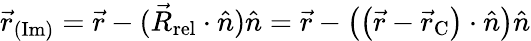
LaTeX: {\vec{r}_{\mathrm{(Im)}}}={\vec{r}}-({\vec{R}_{\mathrm{rel}}}\cdot{\hat{n}}){\hat{n}}={\vec{r}}-\left(\left({\vec{r}}-{\vec{r}_{\mathrm{C}}}\right)\cdot{\hat{n}}\right){\hat{n}}